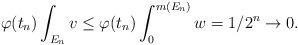
LaTeX: \begin{align*}\varphi(t_{n}) \int_{E_n} v \le \varphi(t_{n})\int_{0}^{m(E_n)} w = 1/2^n \to 0 .\end{align*}